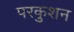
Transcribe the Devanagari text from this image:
परकुशन